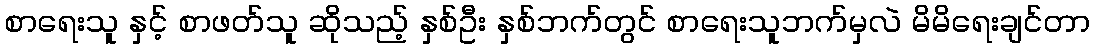
စာရေးသူ နှင့် စာဖတ်သူ ဆိုသည့် နှစ်ဦး နှစ်ဘက်တွင် စာရေးသူဘက်မှလဲ မိမိရေးချင်တာ